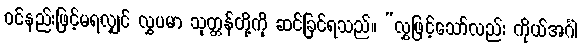
ဝင်နည်းဖြင့်မရလျှင် လွှပမာ သုတ္တန်တို့ကို ဆင်ခြင်ရသည်။ “လွှဖြင့်သော်လည်း ကိုယ်အင်္ဂါ